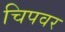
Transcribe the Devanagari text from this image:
चिपवर